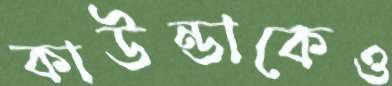
কাউন্ডাকেও